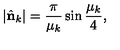
| \hat { \bf n } _ { k } | = { \frac { \pi } { \mu _ { k } } } \sin { \frac { \mu _ { k } } { 4 } } ,